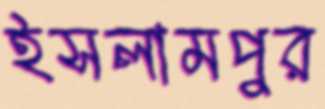
ইসলামপুর